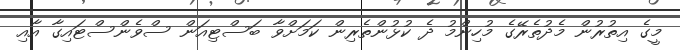
މީގެ އިތުރުން މެދުތެރޭގެ މުހިންމު ދެ ކުޅުންތެރިން ކަމަށްވާ ބަސްޓިއަން ސްވެންސްޓައިގާ އާއި